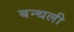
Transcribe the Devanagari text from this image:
बन्थली